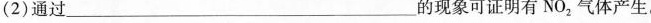
(2)通过___的现象可证明有NO_{2}气体产生。